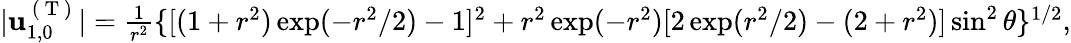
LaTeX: \begin{array}{r}{\vert\mathbf{u}_{1,0}^{\mathrm{~(~T~)~}}\vert=\frac{1}{r^{2}}\{ [(1+r^{2})\exp(-r^{2}/2)-1]^{2}+r^{2}\exp(-r^{2})[2\exp(r^{2}/2)-(2+r^{2})]\sin^{2}\theta\} ^{1/2},}\end{array}